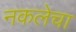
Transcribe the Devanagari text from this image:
नकलेचा